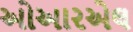
ઓઆરએલ